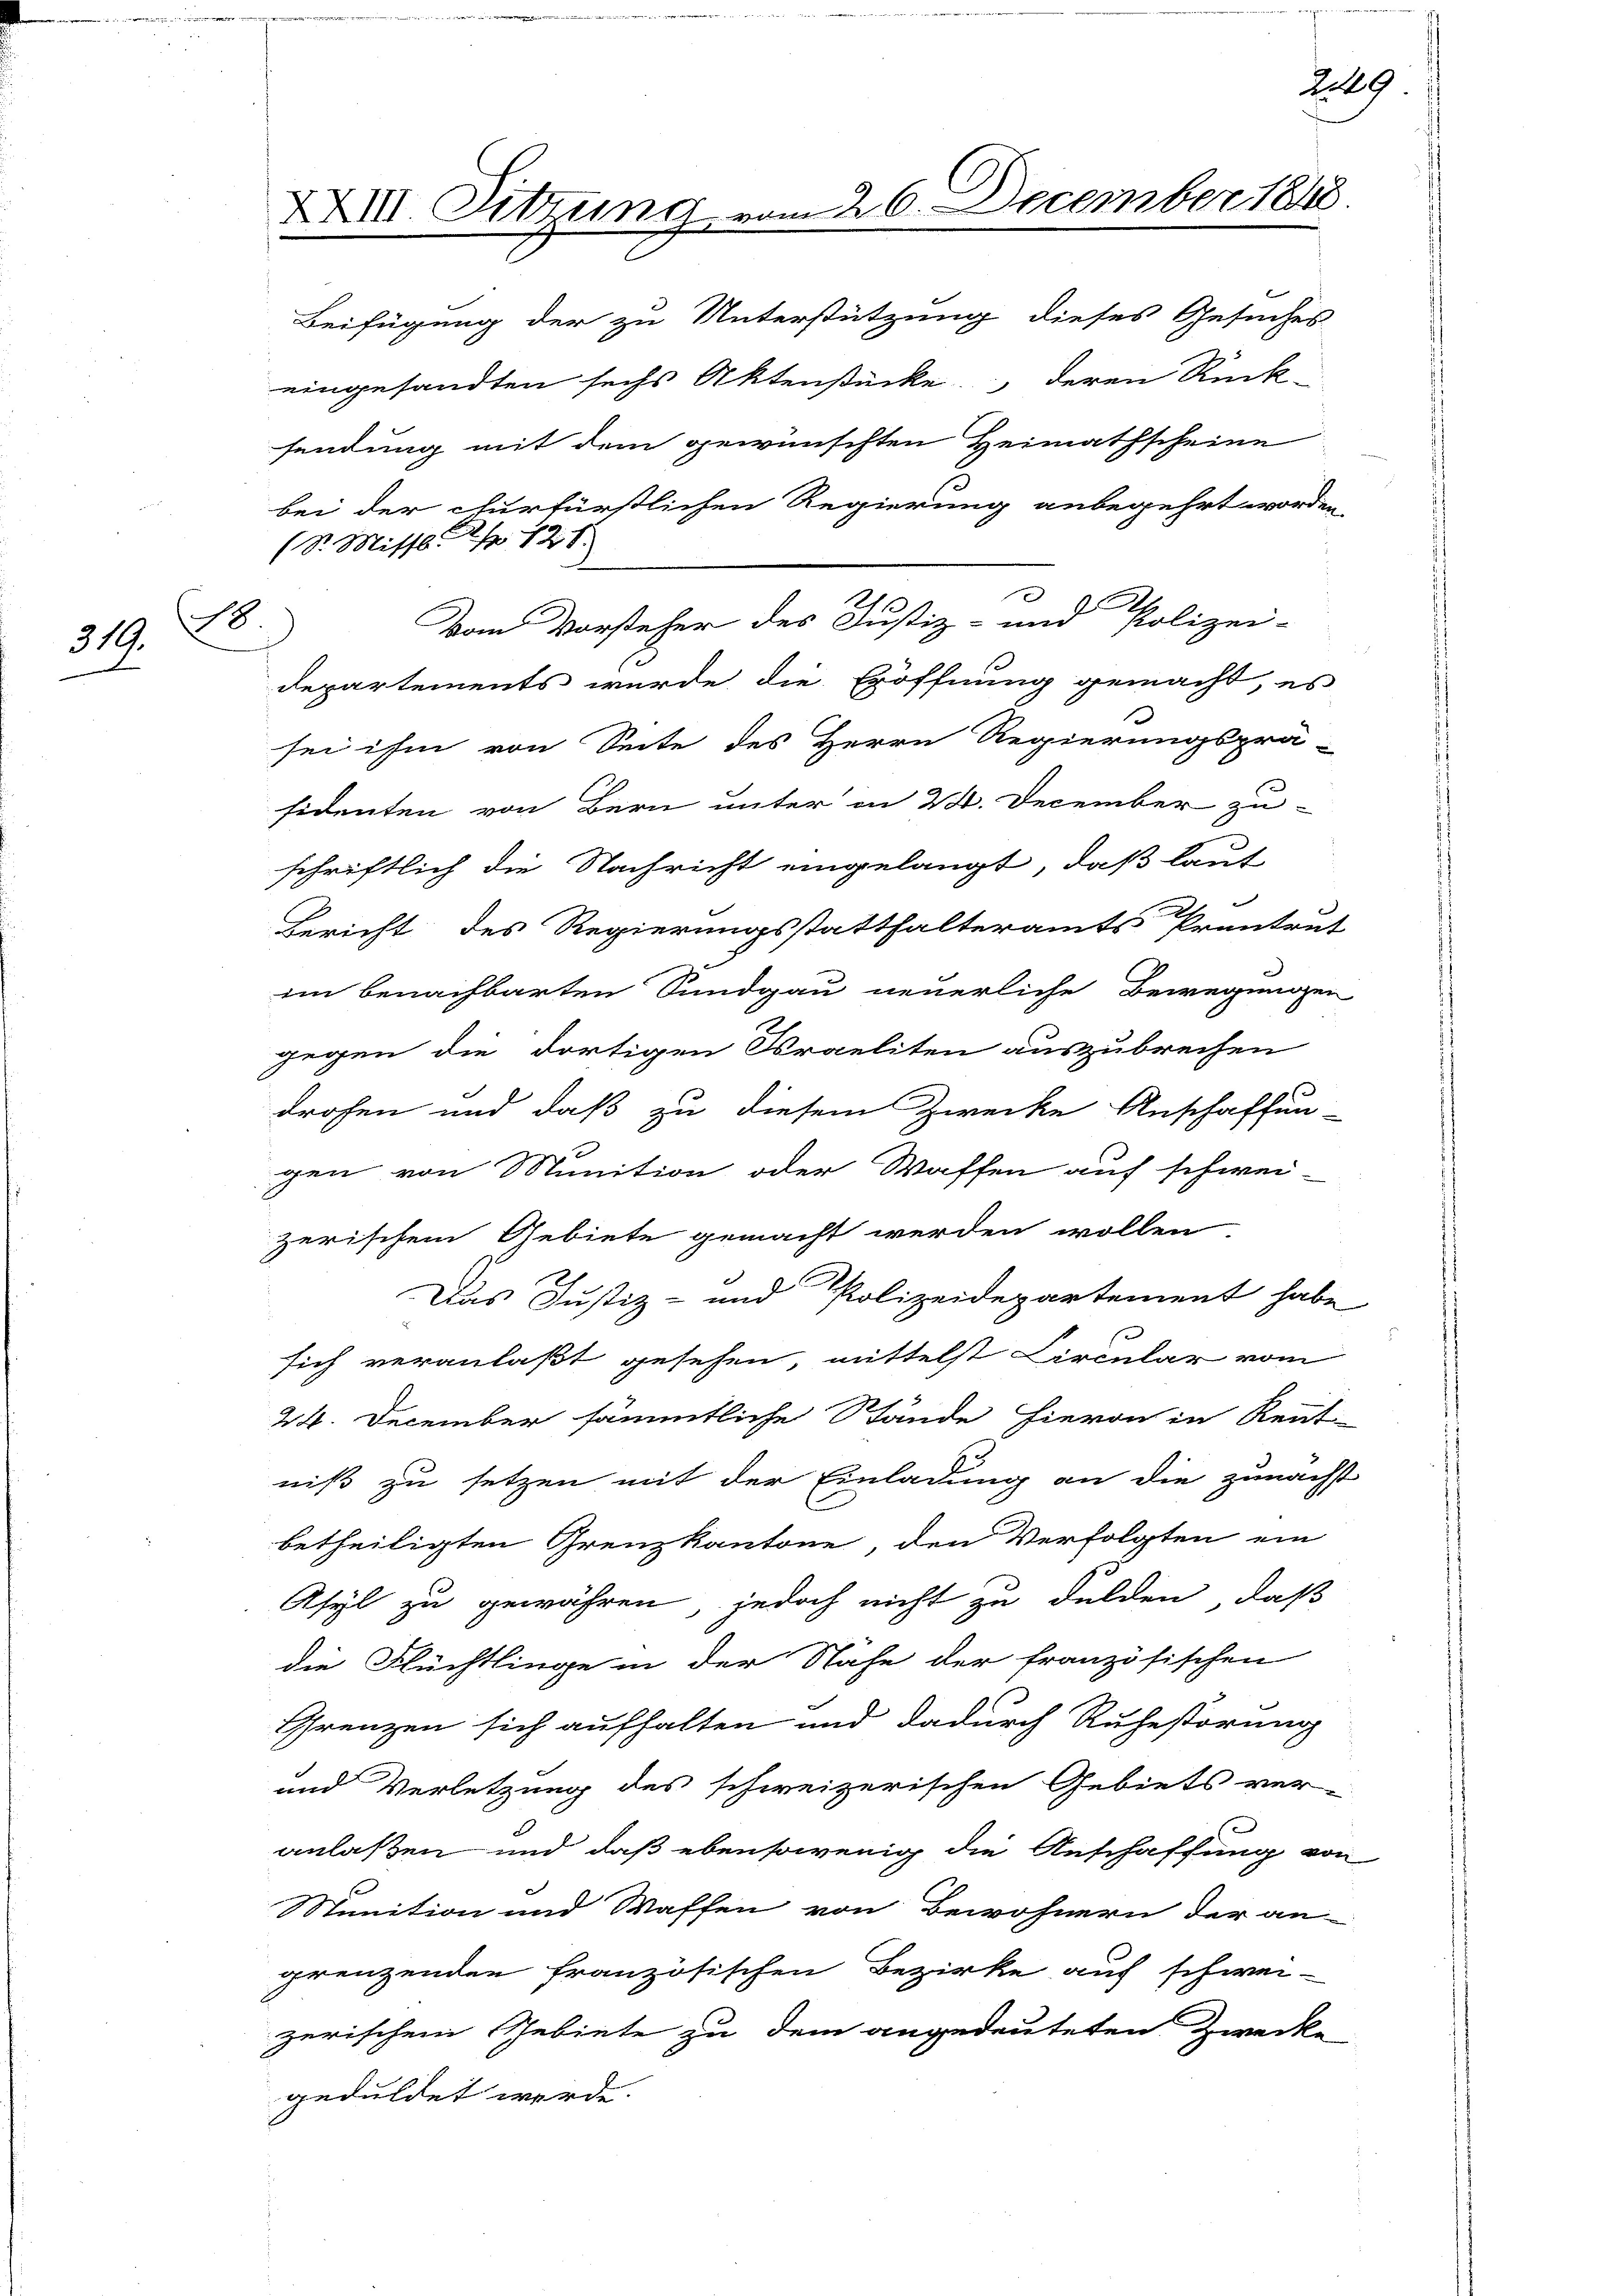
18
319.

XXIII. Sitzung vom 26. December 1848.

Beifügung der zu Unterstützung dieses Gesuches
Departements wurde die Eröffnung gemacht, es
schriftlich die Nachricht eingelangt, daß laut
Bericht des Regierungsstatthalteramts Prenten
im benachbarten Sundgau neuerliche Bewegunge
gegen die dortigen Kraeliten auszubrechen
drohen und daß zu diesem Zwecke Anschaffun
gen von Munition oder Waffen auf schwei-
zerischem Gebiete gemacht werden wollen.
Das Justiz- und Polizeidepartement hab
sich veranlaßt gesehen, mittelst Circular vom
24. December sämmtliche Stände hievon in Ren-
niß zu setzen mit der Einladung an die zunach-
betheiligten Grenzkantone, den Verfolgten ein
Asyl zu gewähren, jedoch nicht zu dulden, daß
die Flüchtlinge in der Nähe der französischen
Grenzen sich aufhalten und dadurch Ruhestörung
und Verletzung des schweizerischen Gebiets ver-
anlaßen und daß ebensowenig die Anschaffung an
Munition und Waffen von Bewohnern der an-
grenzenden französischen Bezirke auf schwei-
zerischem Gebiete zu dem angedeuteten Zwecke
geduldet werde.

eingesandten sechs Aktenstücke deren Rück-
sendung mit dem gewünschten Heimathscheine
bei der churfürstlichen Regierung anbegehrt worde
(St. Mittl. S. 121.

sei ihm von Seite des Herrn Regierungsprä-
sidenten von Bern unter in 24. December zu-

Vom Vorsteher des Justiz- und Polizei-

.
.

29

.

2
2

e
e